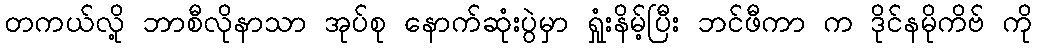
တကယ်လို့ ဘာစီလိုနာသာ အုပ်စု နောက်ဆုံးပွဲမှာ ရှုံးနိမ့်ပြီး ဘင်ဖီကာ က ဒိုင်နမိုကိဗ် ကို